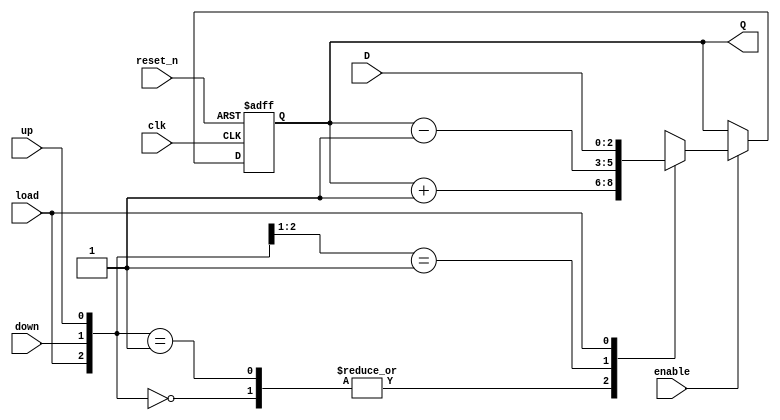
module udl_counter
    #(parameter BITS = 3)(
    input clk,
    input reset_n,
    input enable,
    input up, //when asserted the counter is up counter; otherwise, it is a down counter
    input down,
    input load,
    input [BITS - 1:0] D,
    output [BITS - 1:0] Q
    );
    
    reg [BITS - 1:0] Q_reg, Q_next;
    
    always @(posedge clk, negedge reset_n)
    begin
        if (~reset_n)
            Q_reg <= 'b0;
        else if(enable)
            Q_reg <= Q_next;
        else
            Q_reg <= Q_reg;
    end
    
    // Next state logic
    
      always @(Q_reg, up, down, load, D)
    begin
        Q_next = Q_reg;
        casex({load,down,up})
            3'b000: Q_next = Q_reg + 1;
            3'b001: Q_next = Q_reg + 1;
            3'b01x: Q_next = Q_reg - 1;
            3'b1xx: Q_next = D;
            default: Q_next = Q_reg;
        endcase
        
    end 
    
    // Output logic
    assign Q = Q_reg;
endmodule